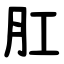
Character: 肛